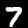
Digit: 7